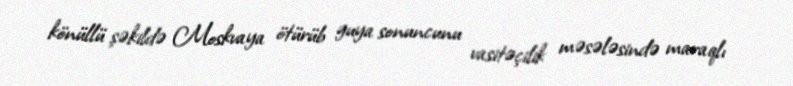
könüllü şəkildə Moskvaya ötürüb guya sonuncunu vasitəçilik məsələsində maraqlı